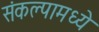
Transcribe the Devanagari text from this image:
संकल्पामध्ये